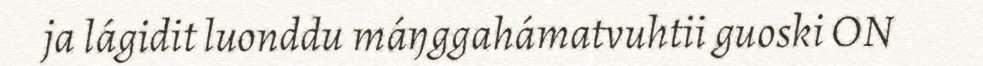
ja lágidit luonddu máŋggahámatvuhtii guoski ON